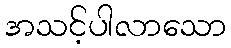
အသင့်ပါလာသော